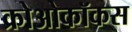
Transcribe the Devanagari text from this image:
क्रोओकॉकस